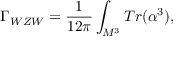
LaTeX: \Gamma _ { W Z W } = \frac { 1 } { 1 2 \pi } \int _ { M ^ { 3 } } T r ( \alpha ^ { 3 } ) ,